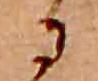
に